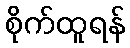
စိုက်ထူရန်